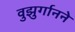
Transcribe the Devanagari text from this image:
वुझुर्गानने